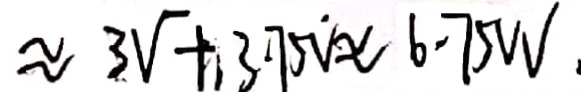
\approx 3 v + 3 7 5 v \approx 6 . 7 0 w